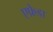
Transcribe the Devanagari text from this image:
एफ्रेडा